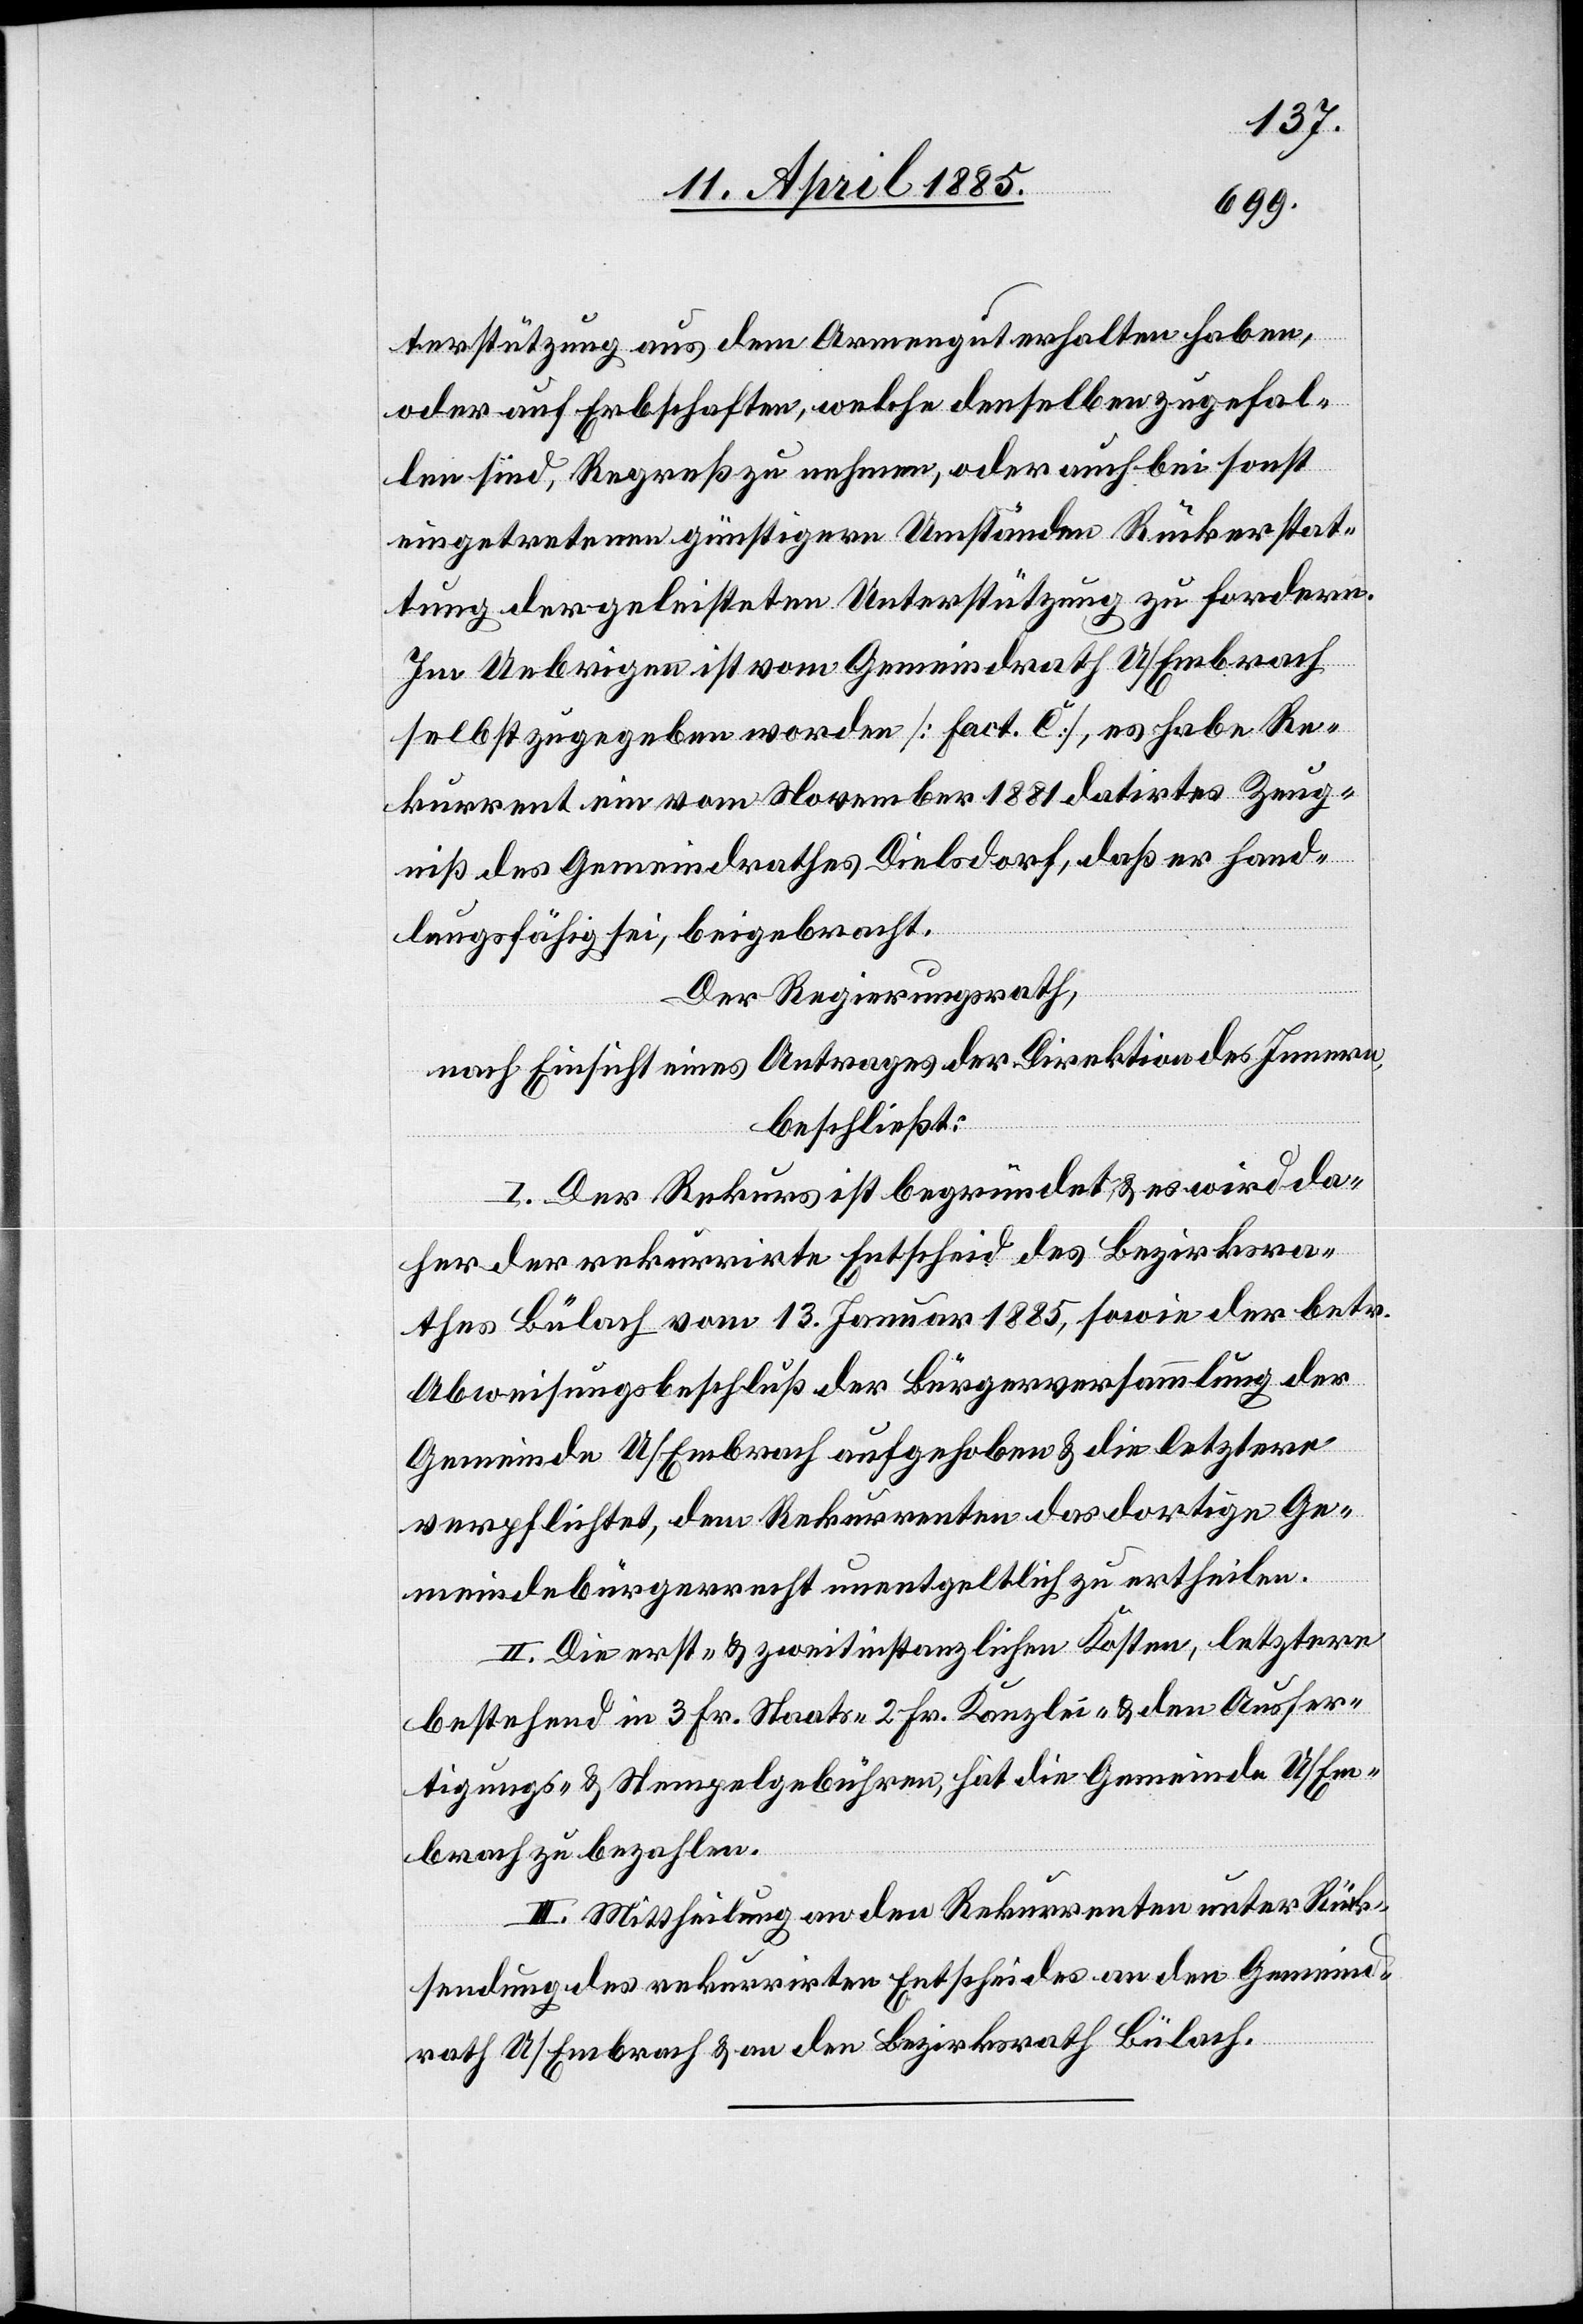
terstützung aus dem Armengut erhalten haben,
oder auf Erbschaften, welche denselben zugefal¬
len sind, Regreß zu nehmen, oder auch bei sonst
eingetretenen günstigern Umständen Rückerstat¬
tung der geleisteten Unterstützung zu fordern.
Im Uebrigen ist vom Gemeindrath U/Embrach
selbst zugegeben worden [Fact. C], es habe Re¬
kurrent ein vom November 1881 datirtes Zeug¬
niß des Gemeindrathes Dielsdorf, daß er hand¬
lungsfähig sei, beigebracht.
Der Regierungsrath,
nach Einsicht eines Antrages der Direktion des Innern,
beschließt:
I. Der Rekurs ist begründet & es wird da¬
her der rekurrirte Entscheid des Bezirksra¬
thes Bülach vom 13. Januar 1885, sowie der betr.
Abweisungsbeschluß der Bürgerversammlung der
Gemeinde U/Embrach aufgehoben & die letztere
verpflichtet, den Rekurrenten das dortige Ge¬
meindebürgerrecht unentgeltlich zu ertheilen.
II. Die erst- & zweitinstanzlichen Kosten, letztere
bestehend in 3 Fr. Staats-[,] 2 Fr. Kanzlei- & den Ausfer¬
tigungs- & Stempelgebühren, hat die Gemeinde U/Em¬
brach zu bezahlen.
III. Mittheilung an den Rekurrenten unter Rück¬
sendung des rekurrirten Entscheides an den Gemeind¬
rath U/Embrach & an den Bezirksrath Bülach.